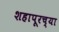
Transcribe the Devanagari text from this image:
शहापूरच्या